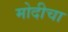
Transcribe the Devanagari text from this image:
मोदीचा